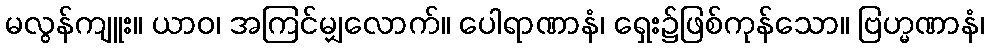
မလွန်ကျူး။ ယာဝ၊ အကြင်မျှလောက်။ ပေါရာဏာနံ၊ ရှေး၌ဖြစ်ကုန်သော။ ဗြဟ္မဏာနံ၊